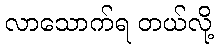
လာသောက်ရ တယ်လို့